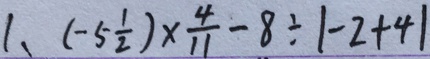
1 , ( - 5 \frac { 1 } { 2 } ) \times \frac { 4 } { 1 1 } - 8 \div 1 - 2 + 4 1